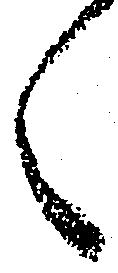
く